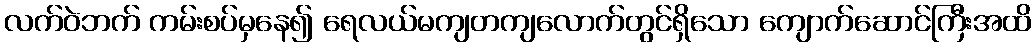
လက်ဝဲဘက် ကမ်းစပ်မှနေ၍ ရေလယ်မကျတကျလောက်တွင်ရှိသော ကျောက်ဆောင်ကြီးအထိ